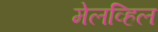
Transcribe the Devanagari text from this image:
मेलव्हिल